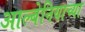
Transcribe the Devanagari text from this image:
आल्बेनियाच्या